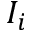
I _ { i }